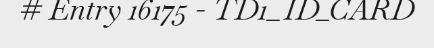
# Entry 16175 - TD1_ID_CARD